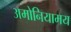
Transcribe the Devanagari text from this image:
अमोनियामय